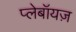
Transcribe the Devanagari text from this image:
प्लेबॉयज़